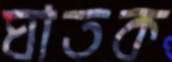
ঘাতক